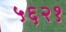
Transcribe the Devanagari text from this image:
५६२१